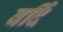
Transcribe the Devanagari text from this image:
वर्दि